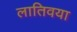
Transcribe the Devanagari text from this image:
लातिवया